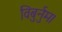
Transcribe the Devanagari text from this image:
विबुर्नुम।